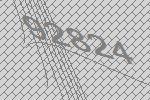
92824